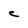
Character: C